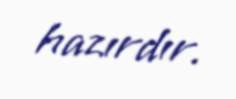
hazırdır.